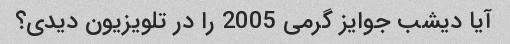
آیا دیشب جوایز گرمی 2005 را در تلویزیون دیدی؟